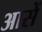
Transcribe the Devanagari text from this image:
आसें